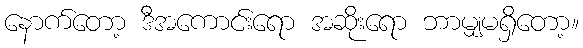
နောက်တော့ ဒီအကောင်းရော အဆိုးရော ဘာမျှမရှိတော့။